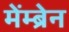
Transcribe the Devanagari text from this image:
मेंम्ब्रेन